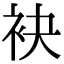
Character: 袂